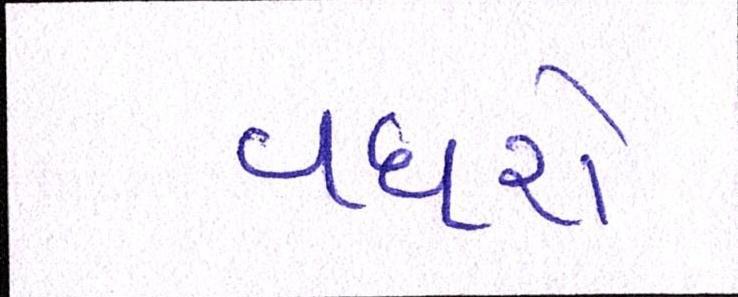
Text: વધશે